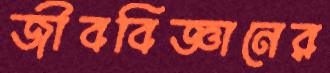
জীববিজ্ঞানের